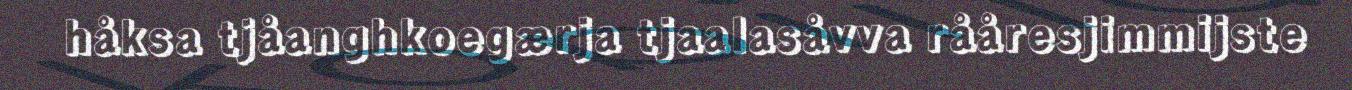
håksa tjåanghkoegærja tjaalasåvva rååresjimmijste